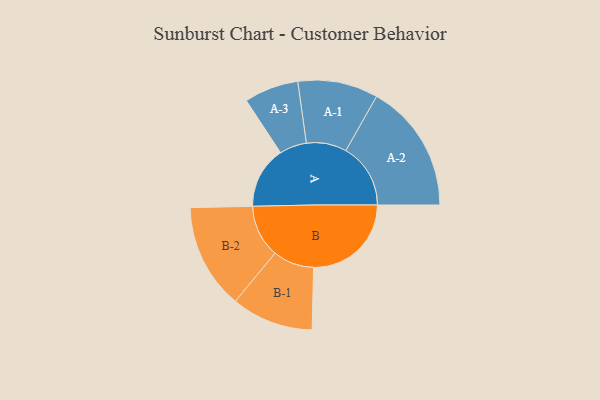
{"axis": {"x": "Segment", "y": "Value"}, "legend": ["", "A", "B"], "data": [{"x": "A", "y": 287, "type": ""}, {"x": "B", "y": 453, "type": ""}, {"x": "A-1", "y": 186, "type": "A"}, {"x": "A-2", "y": 300, "type": "A"}, {"x": "A-3", "y": 126, "type": "A"}, {"x": "B-1", "y": 190, "type": "B"}, {"x": "B-2", "y": 244, "type": "B"}]}